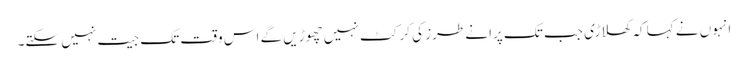
انہوں نے کہا کہ کھلاڑی جب تک پرانے طرز کی کرکٹ نہیں چھوڑیں گے اس وقت تک جیت نہیں سکتے۔